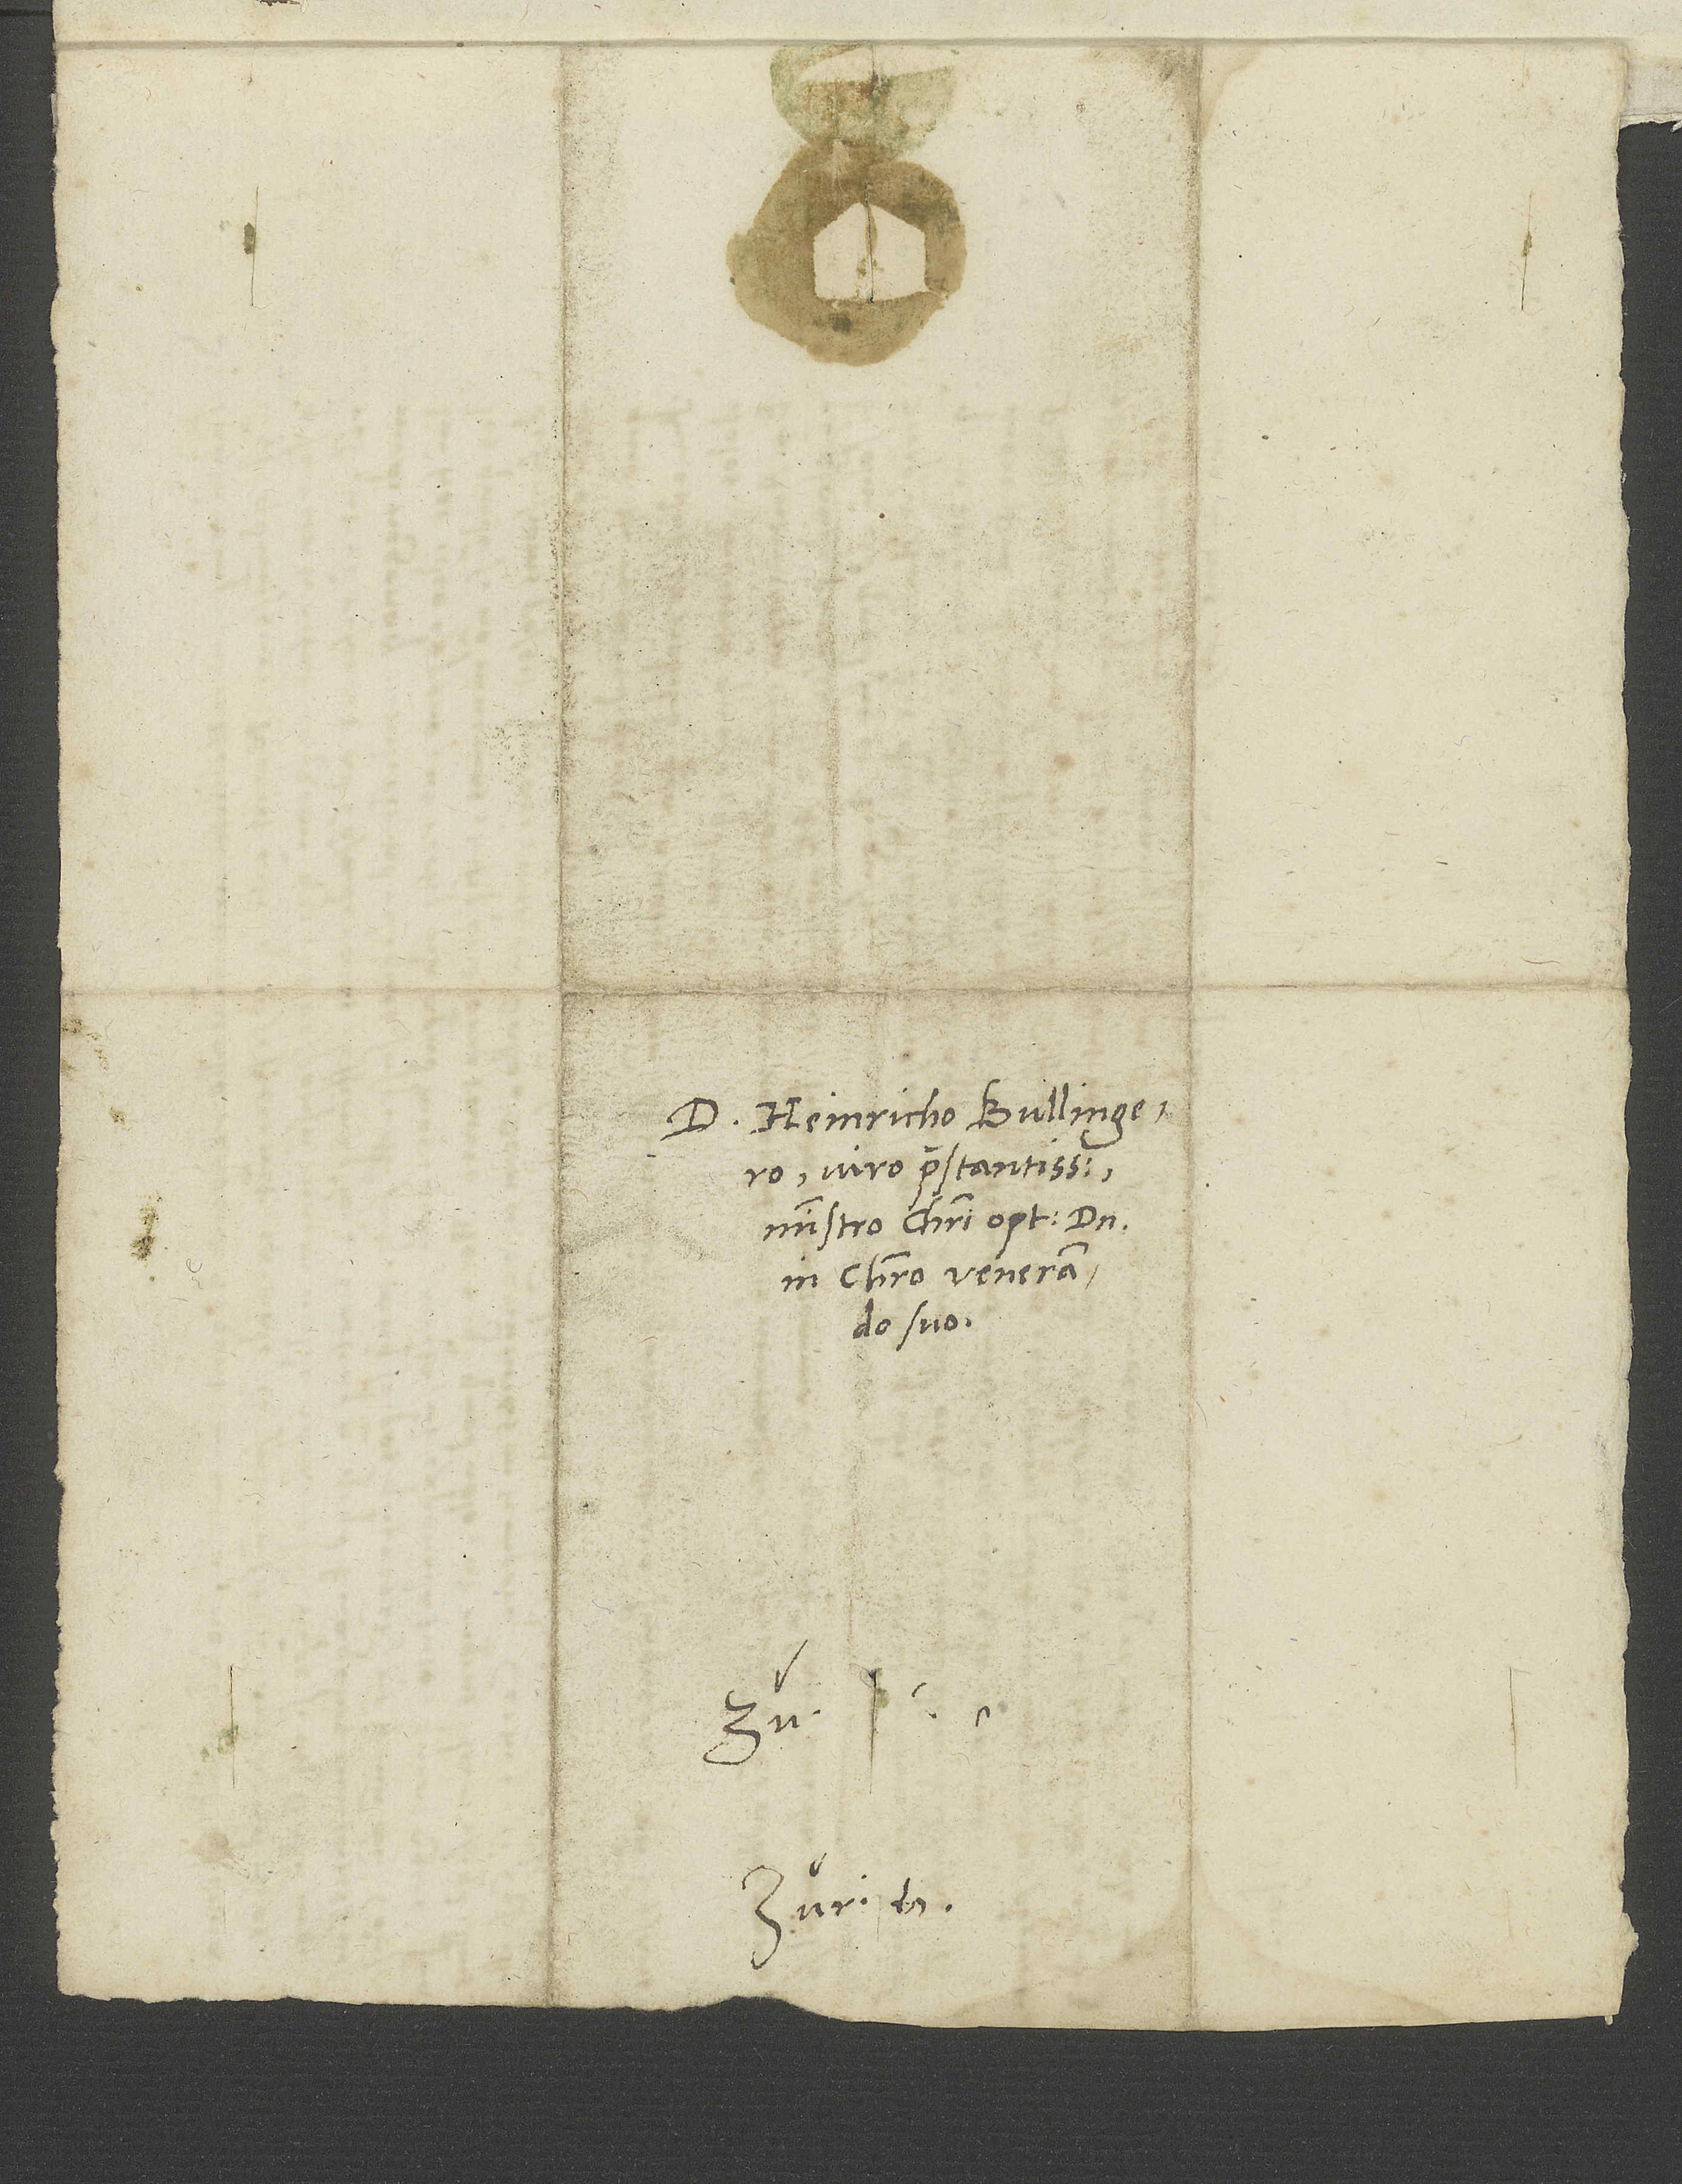
D. Heinricho Bullingero,
viro praestantissimo,
ministro Christi optimo, domino
in Christo venerando
suo.
S.